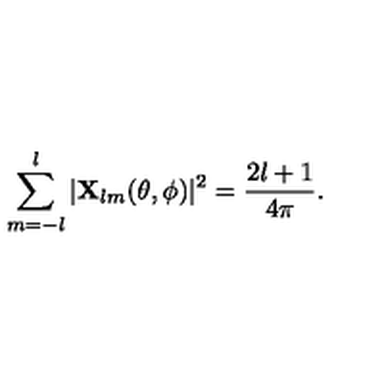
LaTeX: \sum _ { m = - l } ^ { l } | { \bf X } _ { l m } ( \theta , \phi ) | ^ { 2 } = { \frac { 2 l + 1 } { 4 \pi } } .